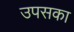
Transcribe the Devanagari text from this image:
उपसका